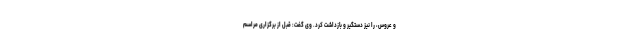
و عروس، را نیز دستگیر و بازداشت کرد. وی گفت:‌ قبل از برگزاری مراسم